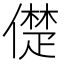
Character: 儊